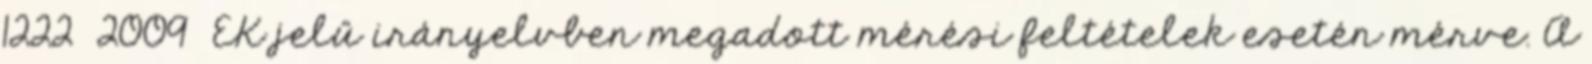
1222 2009 EK jelű irányelvben megadott mérési feltételek esetén mérve. A